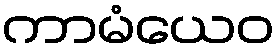
ကာမံယေဝ